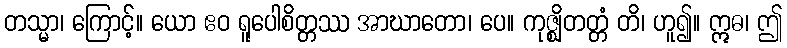
တသ္မာ၊ ကြောင့်။ ယော ဧဝ ရူပေါစိတ္တဿ အာဃာတော၊ ပေ။ ကုဇ္ဈိတတ္တံ တိ၊ ဟူ၍။ ဣဓ၊ ဤ